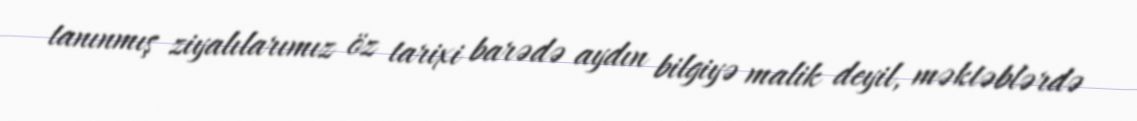
tanınmış ziyalılarımız öz tarixi barədə aydın bilgiyə malik deyil, məktəblərdə